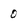
Character: 0